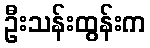
ဦးသန်းထွန်းက